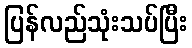
ပြန်လည်သုံးသပ်ပြီး